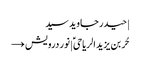
| حیدر جاوید سید
حُر بن یزید الریاحیؑ | نور درویش →